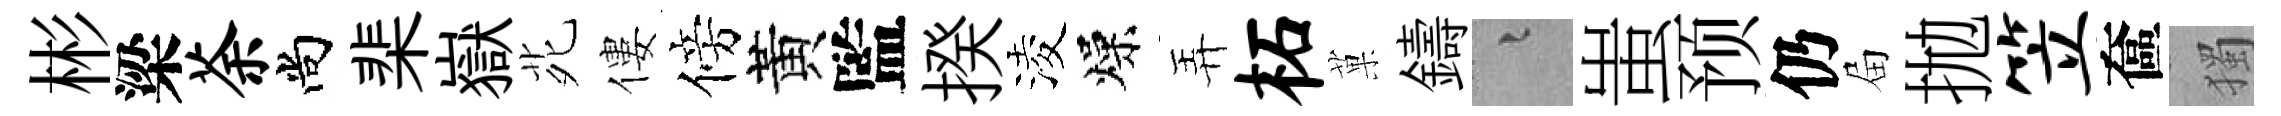
彬梁荼尚棐嶽𫟍僂傍黃監揆淩燥弄柘菓鑄融蚩预仍屇拋笠奩獨